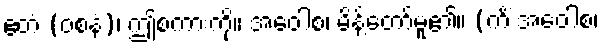
ဧတံ (ဝစနံ)၊ ဤစကားကို။ အဝေါစ၊ မိန့်တော်မူ၏။ (ကိံ အဝေါစ၊